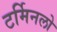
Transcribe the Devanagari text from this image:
टर्मिनलो